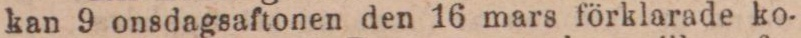
kan 9 onsdagsaftonen den 16 mars förklarade ko-